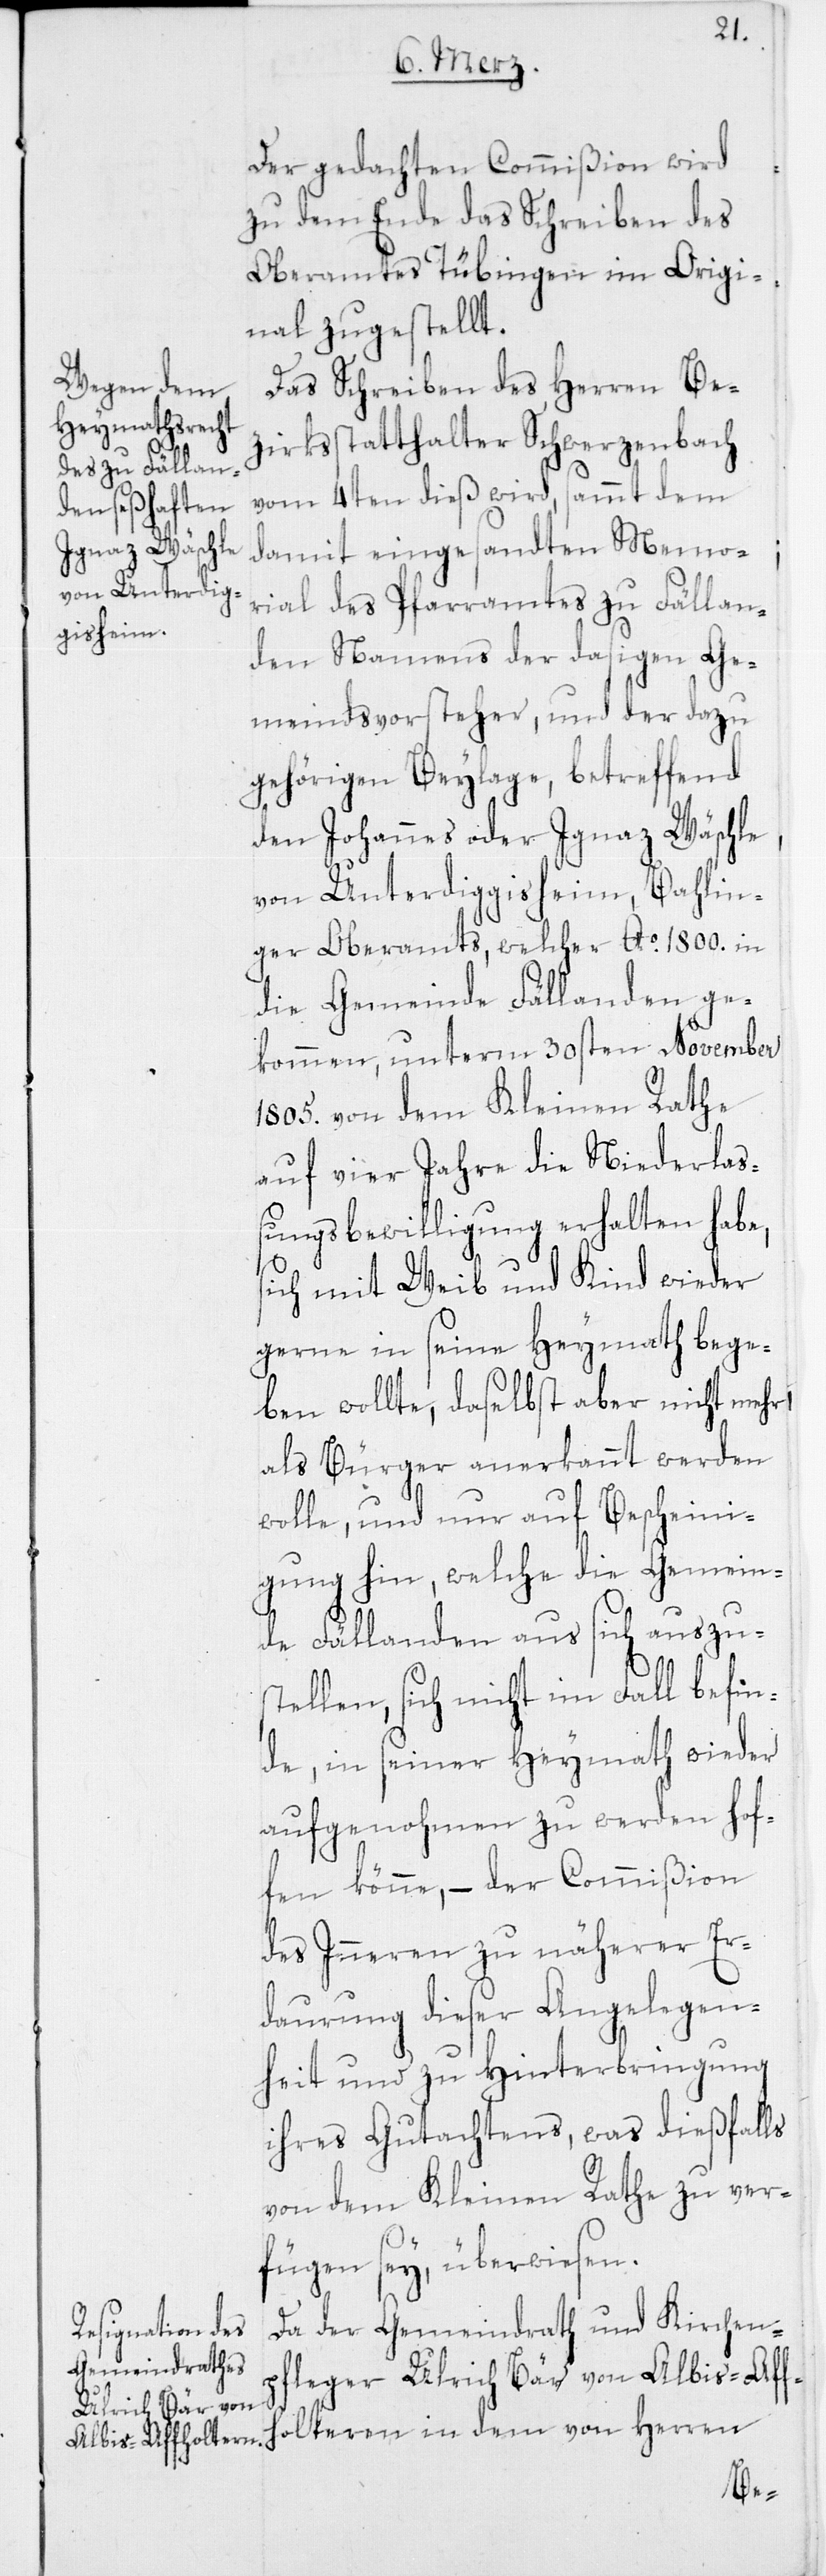
Der gedachten Commißion wird
zu dem Ende das Schreiben des
Oberamtes Tübingen im Origi¬
nal zugestellt.
Das Schreiben des Herren Be¬
zirksstatthalters Schwerzenbach
vom 4ten dieß wird, sammt dem
damit eingesandten Memo¬
rial des Pfarramtes zu Fällan¬
den Namens der dasigen Ge¬
meindsvorsteher, und der dazu
gehörigen Beylage, betreffend
den Johannes oder Ignaz Wäschl¬
von Unterdiggisheim, Bahlin¬
ger Oberamts, welcher Ao 1800. in
die Gemeinde Fällanden ge¬
kommen, unterm 30sten November
1805. von dem Kleinen Rathe
auf vier Jahre die Niederla¬
ßungsbewilligung erhalten habe,
sich mit Weib und Kind wieder
gerne in seine Heymath bege¬
ben wollte, daselbst aber nicht mehr
als Bürger anerkannt werden
wolle, und nur auf Bescheini¬
gung hin, welche die Gemein¬
de Fällanden aus sich auszu¬
stellen, sich nicht im Fall befin¬
de, in seiner Heymath wieder
aufgenohmen zu werden hof¬
fen könne, – der Commißion
des Inneren zu näherer Er¬
daurung dieser Angelegen¬
heit und zu Hinterbringung
ihres Gutachtens, was dießfalls
von dem Kleinen Rathe zu ver¬
fügen sey, überwiesen.
Da der Gemeindrath und Kirchen¬
pfleger Ulrich Bär von Albis-Affho¬
lteren in dem von Herren
e,